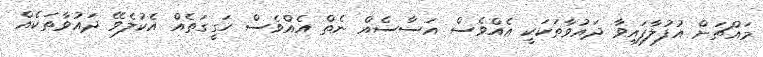
މައްޗަށް އުފުލާފައިވާ ދައުވާތަކަކީ އެއްވެސް އަސާސެއް ނެތް އެއްވެސް ހަގީގަތެއް އެކުލެވޭ ދައުވާތަކެއް